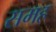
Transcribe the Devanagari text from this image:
समह